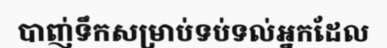
បាញ់ទឹកសម្រាប់ទប់ទល់អ្នកដែល